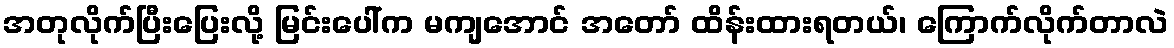
အတုလိုက်ပြီးပြေးလို့ မြင်းပေါ်က မကျအောင် အတော် ထိန်းထားရတယ်၊ ကြောက်လိုက်တာလဲ